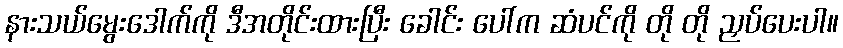
နားသယ်မွေးဒေါက်ကို ဒီအတိုင်းထားပြီး ခေါင်း ပေါ်က ဆံပင်ကို တို တို ညှပ်ပေးပါ။